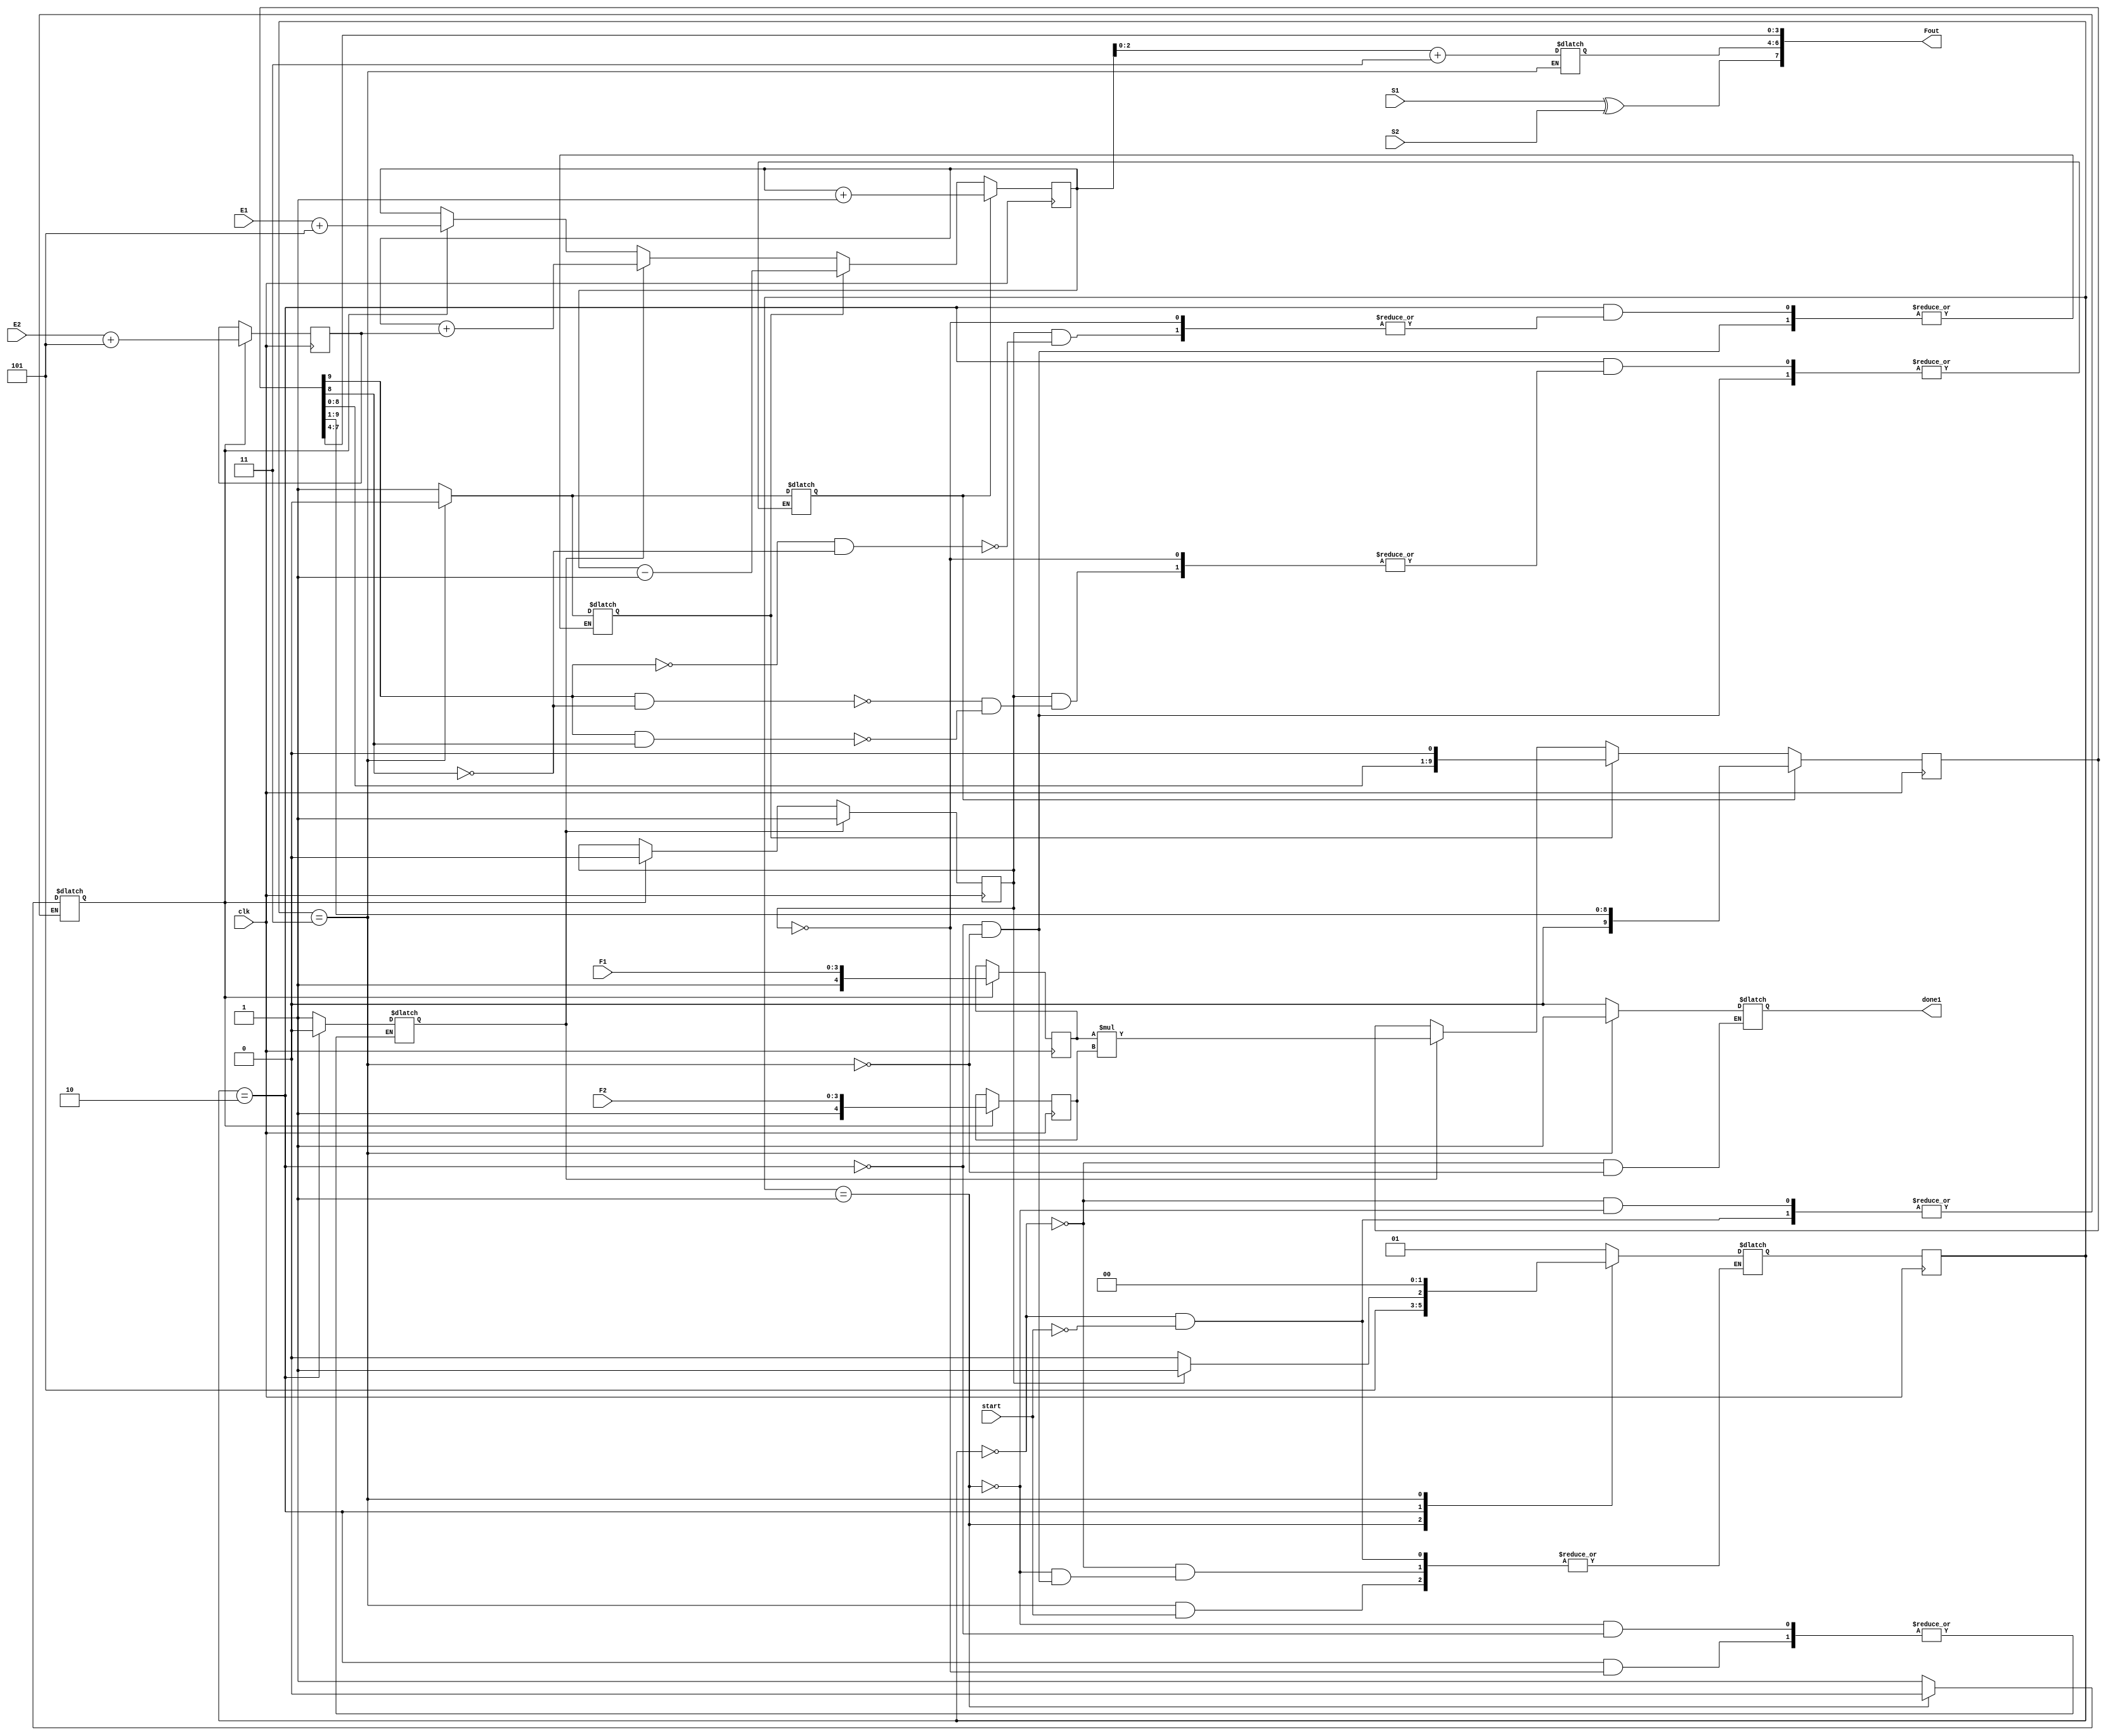
module Floating_Multiplier(
input clk,
input start,
input S1,
input S2,
input [3:0] F1, // 4-bit fraction1
input [2:0] E1, //4-bit exponent1
input [3:0] F2, //4-bit fraction2
input [2:0] E2, //4-bit exponent2
output [7:0] Fout, //output 8-bit
output done1 //multiplication done
);

reg [9:0] F;
reg done;
reg [4:0] B,C;
reg [3:0] X,Y; //reg to load exponent plus signbit
reg Load,Adx,RSF,LSF,Mdone; //control signals
reg [1:0] PS1,NS1; //present and next state for main controller
reg [3:0] X1;
wire [3:0] X11;

initial
begin

PS1 <=0;
NS1 <=0; 
B <=0;
C <=0;
X <=0;
Y <=0;
X1 <=0;
Mdone<=0;
Load <=0;
Adx <=0;
NS1 <=0;
RSF <=0;
LSF <=0;
done <=0;
F<=0;
end

always @(PS1 or start or Mdone or X  or B) //state machine for main controller
begin 

	case(PS1)
		0:
			begin 
			done <=0;
			
				if(start)
				begin
					Load <=1;
					NS1 <=1;
				end
			end
		1:
			begin
			Adx <=1;
			Load<=0;
			NS1 <=2;
			end
		2:
			begin
				if(Mdone)
				begin
					Adx<=0;
					 if(F[9] == 0 & F[8] == 0) //if overflow right shift 
					begin
						RSF <=1;
					end
					 if(F[9] ==1 & F[8]== 1 ) //if unnormalized left shift
					begin
						LSF <= 1;
					end
 					if(F[9] ==1 & F[8]== 0 ) //if unnormalized left shift
					begin
						LSF <= 1;
					end
				NS1 <=3;	
				end
				else 
				begin
				NS1 <=2;
				end
			end
		3: 
			begin
				
				done <=1;
				LSF<=0;
				RSF<=0;
				X1<=X + 3;
			
				if(!start)
				begin
					NS1 <=0;
					
				end
			end
	endcase
end 


always @(posedge clk) //update registers for exponent adder and multiplier according to control signals
begin 
	PS1 <= NS1;
	
	if(Load)
	begin
		X <= E1+3'b101; //E1 with sign bit
		Y <= E2+3'b101; //E2 with sign bit 
		C <={1'b1,F2}; 
		B <={1'b1,F1};
		Mdone<=0;
		
	end
	if(Adx)
	begin
		F <= B*C;
		X<=X+Y; //add exponents 
		Mdone <= 1;
		
	end
	
	if(RSF) //if overflow occurs
	begin 
		F<={F[8:0],1'b0};
 		X <= X-1;
	end
	if(LSF) //if unnormalized 
	begin 
		F<={1'b0,F[9:1]};
 		X <= X+1;
	end
	
			

end

assign X11 = X1;
assign Fout = {S1^S2,X11[2:0],F[7:4]};
assign done1 = done;

endmodule